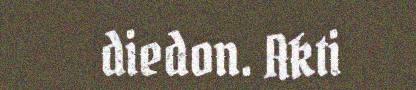
diedon. Akti